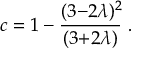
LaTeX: c = 1 - \frac { ( 3 { - } 2 \lambda ) ^ { 2 } \! } { ( 3 { + } 2 \lambda ) } ~ .